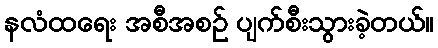
နလံထရေး အစီအစဉ် ပျက်စီးသွားခဲ့တယ်။